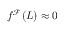
f ^ { \mathcal { F } } ( L ) \approx 0